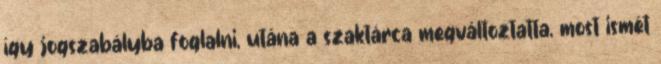
így jogszabályba foglalni, utána a szaktárca megváltoztatta, most ismét